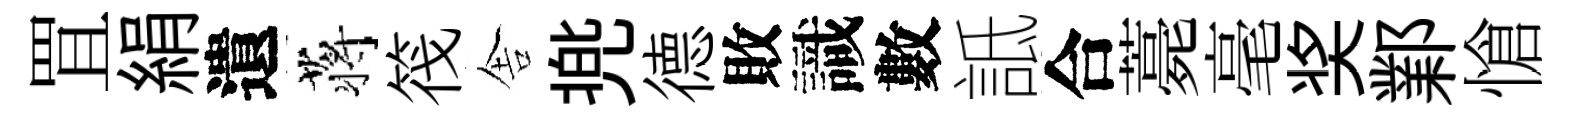
罝絹遺蒋筏舎兠德敗識數詆合薧毫奖鄴愴